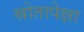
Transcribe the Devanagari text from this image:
स्रोतापेक्षा